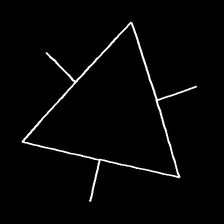
Glyph: fire